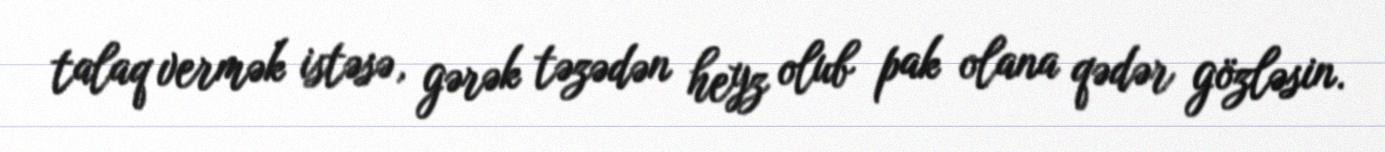
talaq vermək istəsə, gərək təzədən heyz olub pak olana qədər gözləsin.